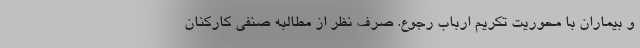
و بيماران با محوريت تكريم ارباب رجوع. صرف نظر از مطالبه صنفي كاركنان